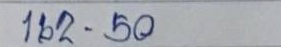
162 - 50